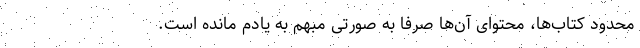
محدود کتاب‌ها، محتوای آن‌ها صرفاً به صورتی مبهم به یادم مانده است.